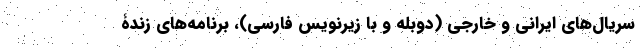
سریال‌های ایرانی و خارجی (دوبله و با زیرنویس فارسی)، برنامه‌های زندۀ